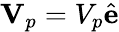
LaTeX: \mathbf{V}_{p}=V_{p}\hat{\mathbf{e}}